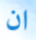
ان